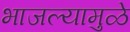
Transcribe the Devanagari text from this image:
भाजल्यामुळे